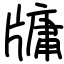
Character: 牗